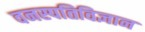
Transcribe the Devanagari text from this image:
वनस्‍पतिविज्ञान